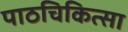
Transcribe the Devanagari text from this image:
पाठचिकित्सा